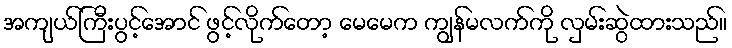
အကျယ်ကြီးပွင့်အောင် ဖွင့်လိုက်တော့ မေမေက ကျွန်မလက်ကို လှမ်းဆွဲထားသည်။